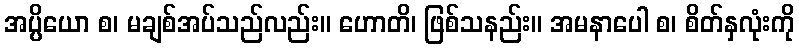
အပ္ပိယော စ၊ မချစ်အပ်သည်လည်း။ ဟောတိ၊ ဖြစ်သနည်း။ အမနာပေါ စ၊ စိတ်နှလုံးကို